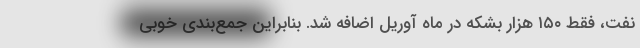
نفت، فقط ١۵٠ هزار بشکه در ماه آوریل اضافه شد. بنابراین جمع‌بندی خوبی